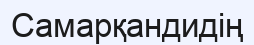
Самарқандидің